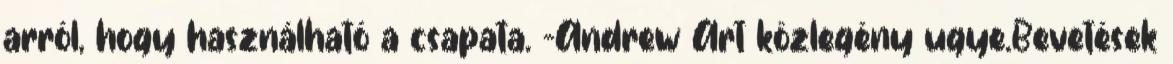
arról, hogy használható a csapata. -Andrew Art közlegény ugye.Bevetések